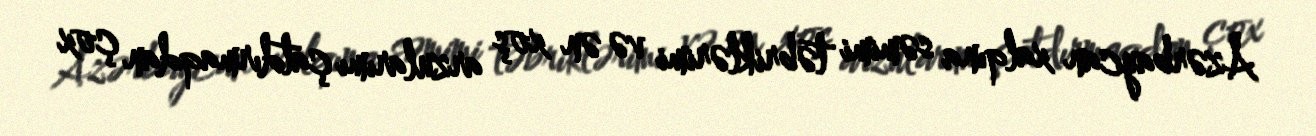
Azərbaycan xalqına səmimi təbriklərimi və ən xoş arzularımı çatdırmaqdan çox